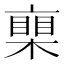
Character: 𣚏